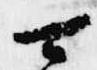
可